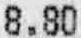
8.80